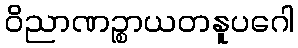
ဝိညာဏဉ္စာယတနူပဂေါ